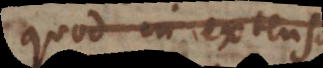
quod in extenso